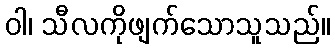
ဝါ၊ သီလကိုဖျက်သောသူသည်။